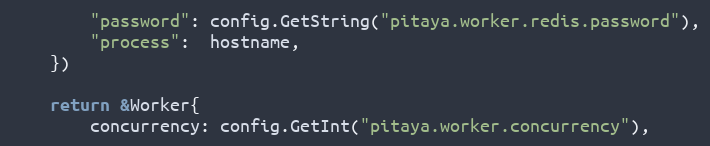
Language: Go
		"password": config.GetString("pitaya.worker.redis.password"),
		"process":  hostname,
	})

	return &Worker{
		concurrency: config.GetInt("pitaya.worker.concurrency"),